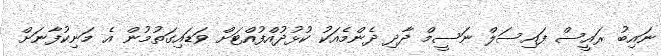
ނައިބު ރައީސް ފައިސަލް ނަސީމް ދާދި ދެންމެއަކު ކުޅުދުއްފުއްޓަށް ވަޑައިގަތުމުން އެ މަނިކުފާނަށް